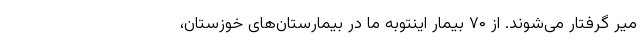
میر گرفتار می‌شوند. از ۷۰ بیمار اینتوبه ما در بیمارستان‌های خوزستان،